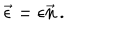
\vec { \epsilon } = { \epsilon } \vec { n } \, .